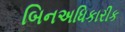
બિનઅધિકારીક